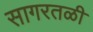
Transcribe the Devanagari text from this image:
सागरतळी